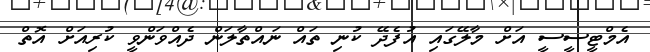
އެމްޓީސީސީ އަށް މާލޭގައި އުފެދޭ ކުނި ތައް ނައްތާލަން ދެއްވަންވީ ކުރިއަށް އޮތް